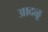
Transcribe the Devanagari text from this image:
आदळू